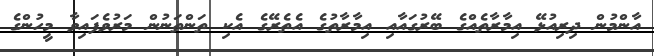
އާންމުން ދިރިއުޅޭ އިމާރާތެއްގެ ބޭރުގައާއި އިމާރާތުގެ އެތެރޭގެ އެކި ތަންތަނުން މަރުވެފައިވާ މީހުންގެ